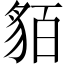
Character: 貊